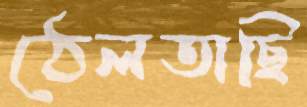
ঠেলতাছি